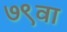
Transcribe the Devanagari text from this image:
७९वा